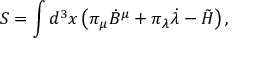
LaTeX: S = \int d ^ { 3 } x \left( \pi _ { \mu } { \dot { B } } ^ { \mu } + \pi _ { \lambda } { \dot { \lambda } } - \tilde { \cal H } \right) ,